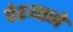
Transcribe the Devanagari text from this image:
पेश्याने